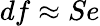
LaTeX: df\approx Se